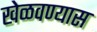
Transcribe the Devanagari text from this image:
खेळवण्यास